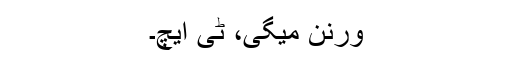
ورنن میگی، ٹی ایچ۔